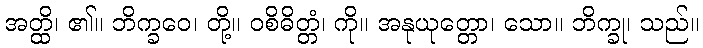
အတ္ထိ၊ ၏။ ဘိက္ခဝေ၊ တို့။ ဝစိဓိတ္တံ၊ ကို။ အနုယုတ္တော၊ သော။ ဘိက္ခု၊ သည်။